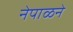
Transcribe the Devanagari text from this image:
नेपाळने